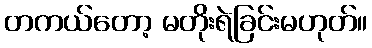
တကယ်တော့ မတိုးရဲခြင်းမဟုတ်။